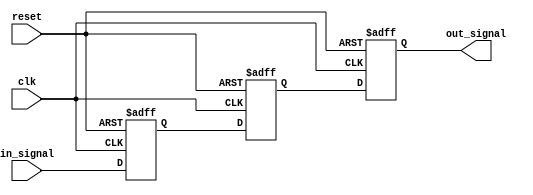
module three_flop_synchronizer (
    input wire clk,         // Clock signal
    input wire reset,       // Reset signal
    input wire in_signal,   // Input signal to be synchronized
    output reg out_signal   // Synchronized output signal
);

reg flop1, flop2, flop3;

always @(posedge clk or posedge reset) begin
    if (reset) begin
        flop1 <= 1'b0;
        flop2 <= 1'b0;
        flop3 <= 1'b0;
    end else begin
        flop1 <= in_signal;
        flop2 <= flop1;
        flop3 <= flop2;
    end
end

assign out_signal = flop3;

endmodule